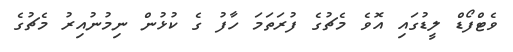
ވެޓްފޯޑް ލީޑުގައި އޮވެ މެޗުގެ ފުރަތަމަ ހާފު ގެ ކުޅުން ނިމުނުއިރު މެޗުގެ